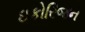
ઇકોરિજન